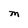
Character: M